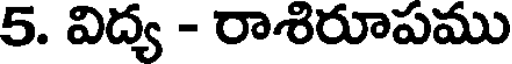
5. విద్య - రాశిరూపము